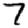
Digit: 7